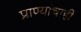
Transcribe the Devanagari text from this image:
प्राण्यांचाही